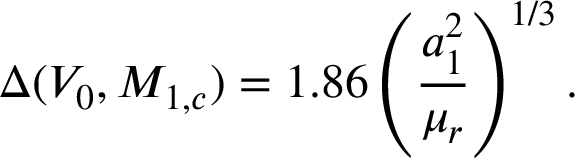
\Delta ( V _ { 0 } , M _ { 1 , c } ) = 1 . 8 6 \left( { \frac { a _ { 1 } ^ { 2 } } { \mu _ { r } } } \right) ^ { 1 / 3 } .